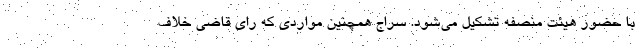
با حضور هیئت منصفه تشکیل می‌شود. سراج همچنین مواردی که رای قاضی خلاف